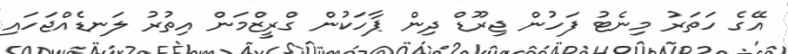
އޭގެ ހަތަރު މިނެޓު ފަހުން ޖިރޫޑް ދިން ޕާހަކުން ގްރީޒްމަން އިތުރު ލަނޑެއްޖަހައި